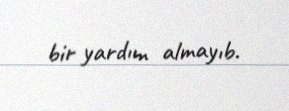
bir yardım almayıb.